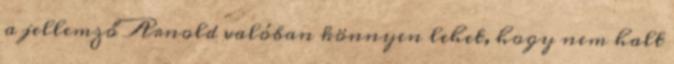
a jellemző Arnold valóban könnyen lehet, hogy nem halt